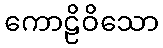
ကောဠိဝိသော